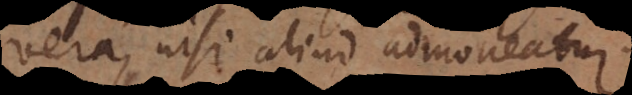
vera, nisi aliud admoneatur.